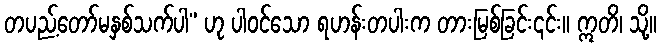
တပည့်တော်မနှစ်သက်ပါ” ဟု ပါဝင်သော ရဟန်းတပါးက တားမြစ်ခြင်း၎င်း။ ဣတိ၊ သို့။